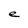
Character: e